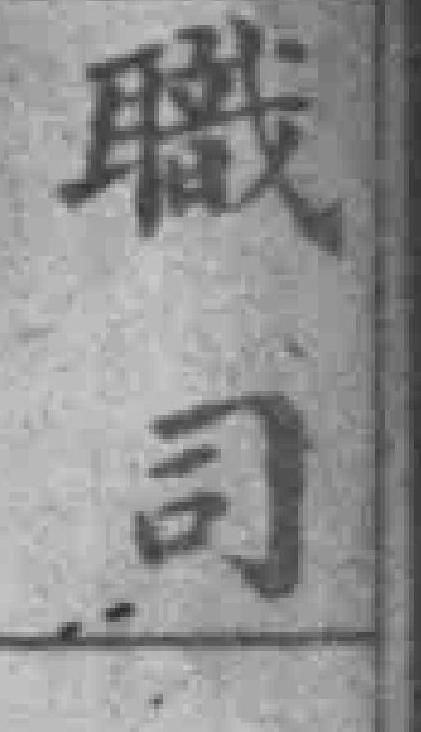
職司